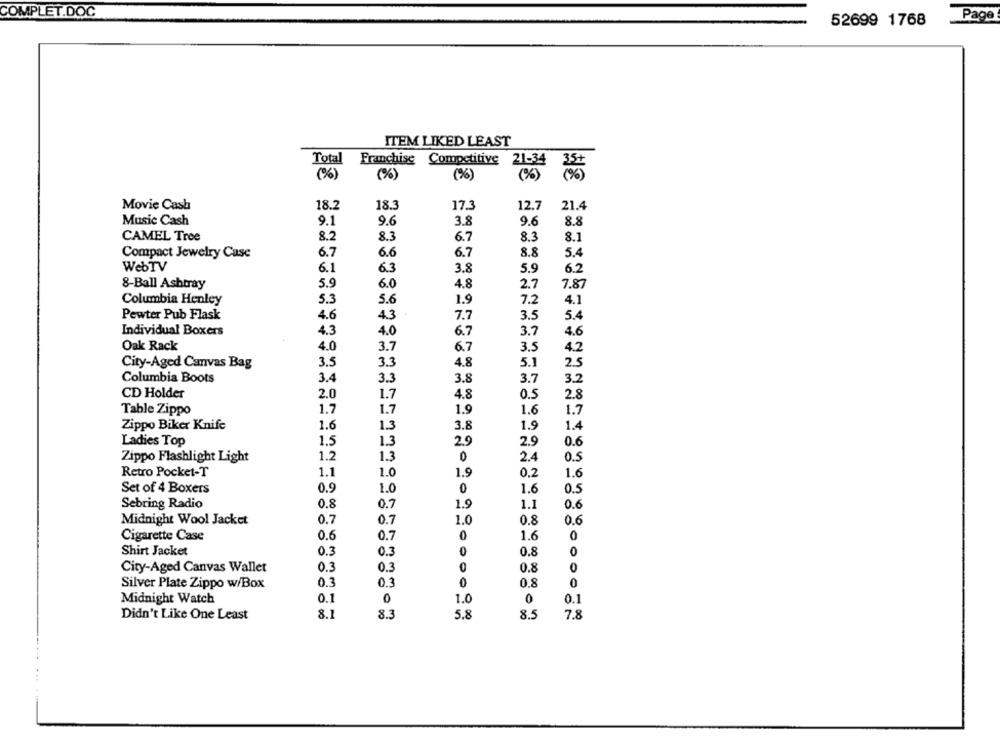
COMPLET.DOC
52699 1768
Page
ITEM LIKED LEAST
Total
Franchise Competitive 21-34
(%)
(%)
(%)
Movie Cash
18.2
18.3
17.3
12.7
21.4
Music Cash
9.1
9.6
3.8
9.6
8.8
CAMEL Tree
8.2
8.3
6.7
8.3
8.1
6.7
6.7
8.8
5.4
Compact Jewelry Case
6.6
WebTV
6.1
6.3
3.8
5.9
6.2
4.8
8-Ball Ashtray
5.9
6.0
2.7
7.87
Columbia Henley
5.3
5.6
1.9
7.2
4.1
Pewter Pub Flask
4.6
4.3
7.7
3.5
5.4
Individual Boxers
4.3
4.0
6.7
3.7
4.6
Oak Rack
4.0
3.7
6.7
3.5
4.2
3.5
3.3
4.8
5.1
2.5
City-Aged Camvas Bag
Columbia Boots
3.4
3.3
3.8
3.7
3.2
2.0
CD Holder
1.7
4.8
0.5
2.8
1.7
Table Zippo
1.7
1.9
1.6
1.7
Zippo Biker Knife
1.6
1.3
3.8
1.9
1.4
Ladies Top
1.5
1.3
2.9
2.9
0.6
Zippo Flashlight Light
1.2
1.3
0
2.4
0.5
Retro Pocket-T
1.1
1.0
1.9
0.2
1.6
Set of 4 Boxers
0.9
1.0
0
1.6
0.5
Sebring Radio
0.8
0.7
1.9
1.1
0.6
0.7
1.0
0.6
Midnight Wool Jacket
0.7
0.8
0
0
Cigarette Case
0.6
0.7
1.6
0
0
Shirt Jacket
0.3
0.3
0.8
City-Aged Canvas Wallet
0.3
0.3
0.8
0
Silver Plate Zippo w/Box
03
0.3
0.8
0
Midnight Watch
0.1
0
1.0
0
0.1
8.1
8.3
5.8
8.5
7.8
Didn't Like One Least